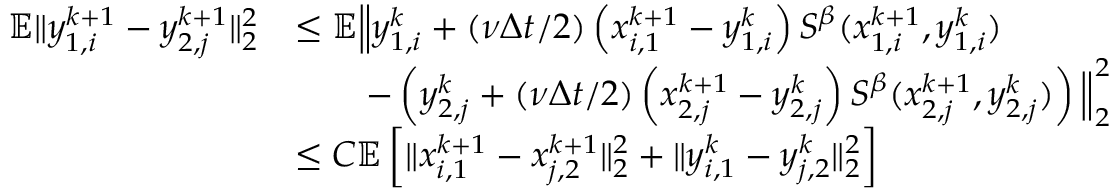
\begin{array} { r l } { \mathbb { E } \| y _ { 1 , i } ^ { k + 1 } - y _ { 2 , j } ^ { k + 1 } \| _ { 2 } ^ { 2 } } & { \leq \mathbb { E } \Big \| y _ { 1 , i } ^ { k } + ( \nu \Delta t / 2 ) \left( x _ { i , 1 } ^ { k + 1 } - y _ { 1 , i } ^ { k } \right) S ^ { \beta } ( x _ { 1 , i } ^ { k + 1 } , y _ { 1 , i } ^ { k } ) } \\ & { \qquad - \left( y _ { 2 , j } ^ { k } + ( \nu \Delta t / 2 ) \left( x _ { 2 , j } ^ { k + 1 } - y _ { 2 , j } ^ { k } \right) S ^ { \beta } ( x _ { 2 , j } ^ { k + 1 } , y _ { 2 , j } ^ { k } ) \right) \Big \| _ { 2 } ^ { 2 } } \\ & { \leq C \mathbb { E } \left[ \| x _ { i , 1 } ^ { k + 1 } - x _ { j , 2 } ^ { k + 1 } \| _ { 2 } ^ { 2 } + \| y _ { i , 1 } ^ { k } - y _ { j , 2 } ^ { k } \| _ { 2 } ^ { 2 } \right] } \end{array}